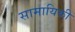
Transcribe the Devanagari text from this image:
सामायिकी